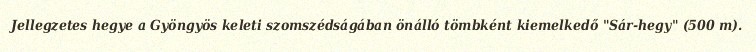
Jellegzetes hegye a Gyöngyös keleti szomszédságában önálló tömbként kiemelkedő "Sár-hegy" (500 m).